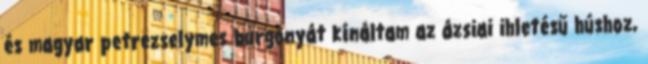
és magyar petrezselymes burgonyát kínáltam az ázsiai ihletésű húshoz,